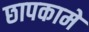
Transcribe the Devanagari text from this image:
छापकामे